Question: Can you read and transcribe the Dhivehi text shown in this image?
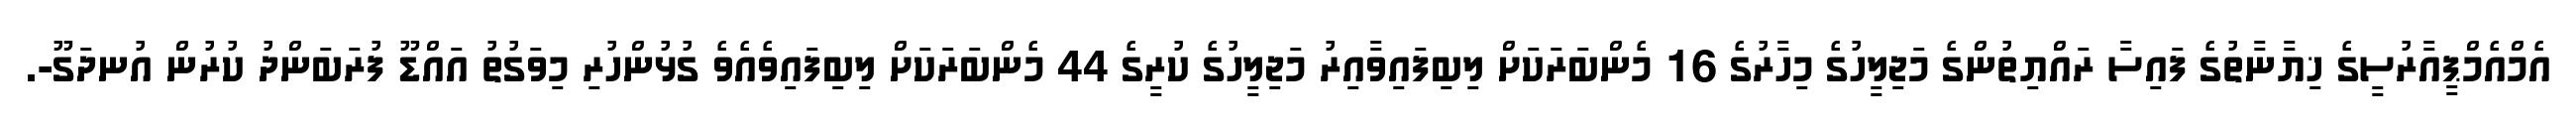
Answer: އެމްއެމްޕީއާރުސީގެ ޚިޔާނާތުގެ ފައިސާ ރައްޔިތުންގެ މަޖިލީހުގެ މިހާރުގެ 16 މެންބަރަކަށް ލިބިފައިވާއިރު މަޖިލީހުގެ ކުރީގެ 44 މެންބަރަކަށް ލިބިފައިވެއެވެ ގުޅުންހުރި މިވަގުތު އައްޑޫ ފުރަބަންދު ކުރުން އުނދަގޫ-.